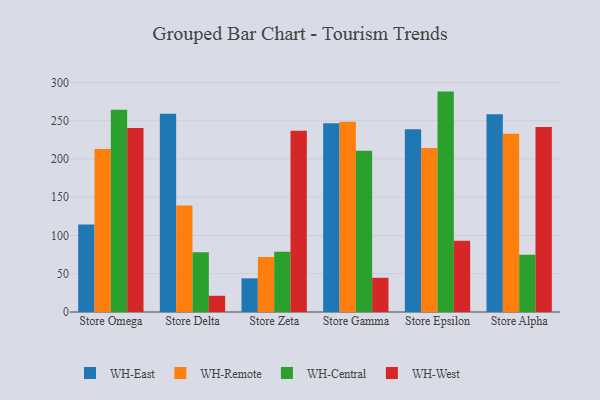
{"axis": {"x": "Store", "y": "Population (Million)"}, "legend": ["WH-Central", "WH-East", "WH-Remote", "WH-West"], "data": [{"x": "Store Omega", "y": 114.4, "type": "WH-East"}, {"x": "Store Omega", "y": 213.0, "type": "WH-Remote"}, {"x": "Store Omega", "y": 264.5, "type": "WH-Central"}, {"x": "Store Omega", "y": 240.5, "type": "WH-West"}, {"x": "Store Delta", "y": 259.1, "type": "WH-East"}, {"x": "Store Delta", "y": 139.3, "type": "WH-Remote"}, {"x": "Store Delta", "y": 78.1, "type": "WH-Central"}, {"x": "Store Delta", "y": 21.2, "type": "WH-West"}, {"x": "Store Zeta", "y": 44.0, "type": "WH-East"}, {"x": "Store Zeta", "y": 72.0, "type": "WH-Remote"}, {"x": "Store Zeta", "y": 78.6, "type": "WH-Central"}, {"x": "Store Zeta", "y": 237.0, "type": "WH-West"}, {"x": "Store Gamma", "y": 246.7, "type": "WH-East"}, {"x": "Store Gamma", "y": 248.8, "type": "WH-Remote"}, {"x": "Store Gamma", "y": 210.7, "type": "WH-Central"}, {"x": "Store Gamma", "y": 44.7, "type": "WH-West"}, {"x": "Store Epsilon", "y": 238.8, "type": "WH-East"}, {"x": "Store Epsilon", "y": 214.4, "type": "WH-Remote"}, {"x": "Store Epsilon", "y": 288.1, "type": "WH-Central"}, {"x": "Store Epsilon", "y": 93.1, "type": "WH-West"}, {"x": "Store Alpha", "y": 258.4, "type": "WH-East"}, {"x": "Store Alpha", "y": 232.9, "type": "WH-Remote"}, {"x": "Store Alpha", "y": 74.8, "type": "WH-Central"}, {"x": "Store Alpha", "y": 241.8, "type": "WH-West"}]}